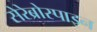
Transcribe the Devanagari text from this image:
सेरेब्रोस्पाइन